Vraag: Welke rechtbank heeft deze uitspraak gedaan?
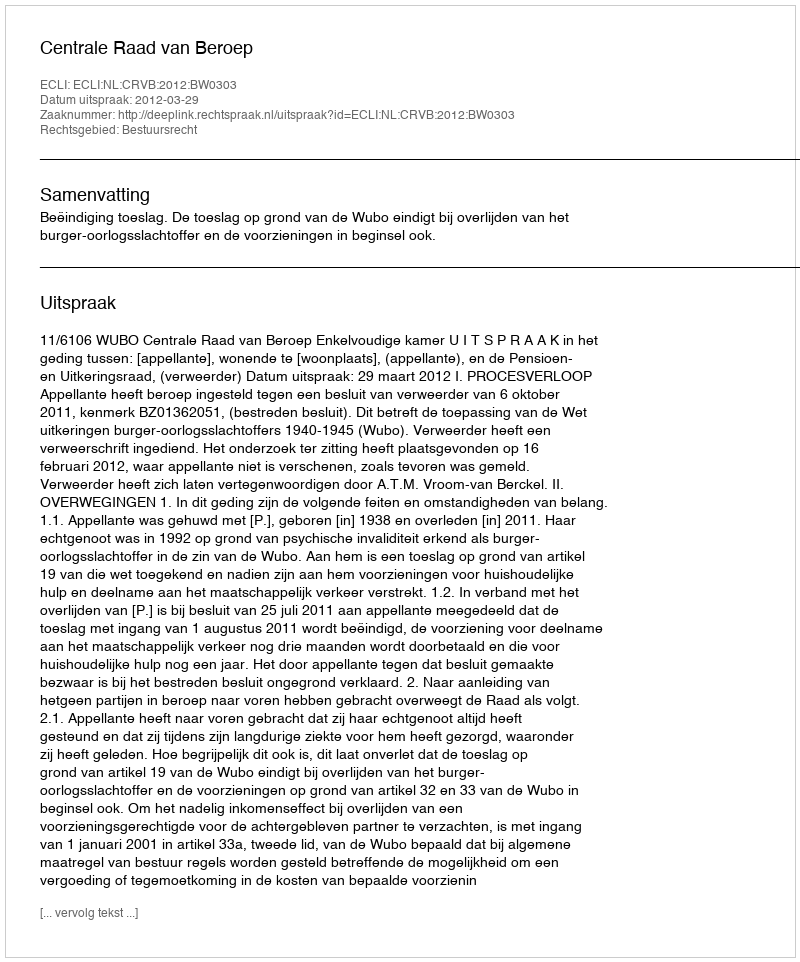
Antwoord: Centrale Raad van Beroep